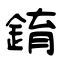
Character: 錥